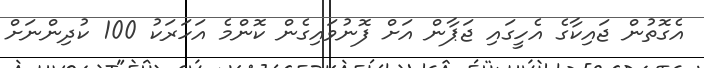
އެގޮތުން ޖައިކާގެ އެހީގައި ޖަޕާން އަށް ފޮނުވައިގެން ކޮންމެ އަހަރަކު 100 ކުދިންނަށް